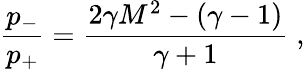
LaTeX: {\frac{p_{-}}{p_{+}}}={\frac{2\gamma M^{2}-(\gamma-1)}{\gamma+1}}\; ,